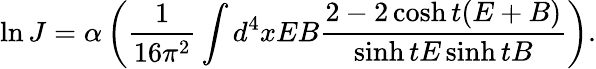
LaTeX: \ln J=\alpha\left(\frac{1}{16\pi^{2}}\int d^{4}xEB\frac{2-2\cosh t(E+B)}{\sinh tE\sinh tB}\right).